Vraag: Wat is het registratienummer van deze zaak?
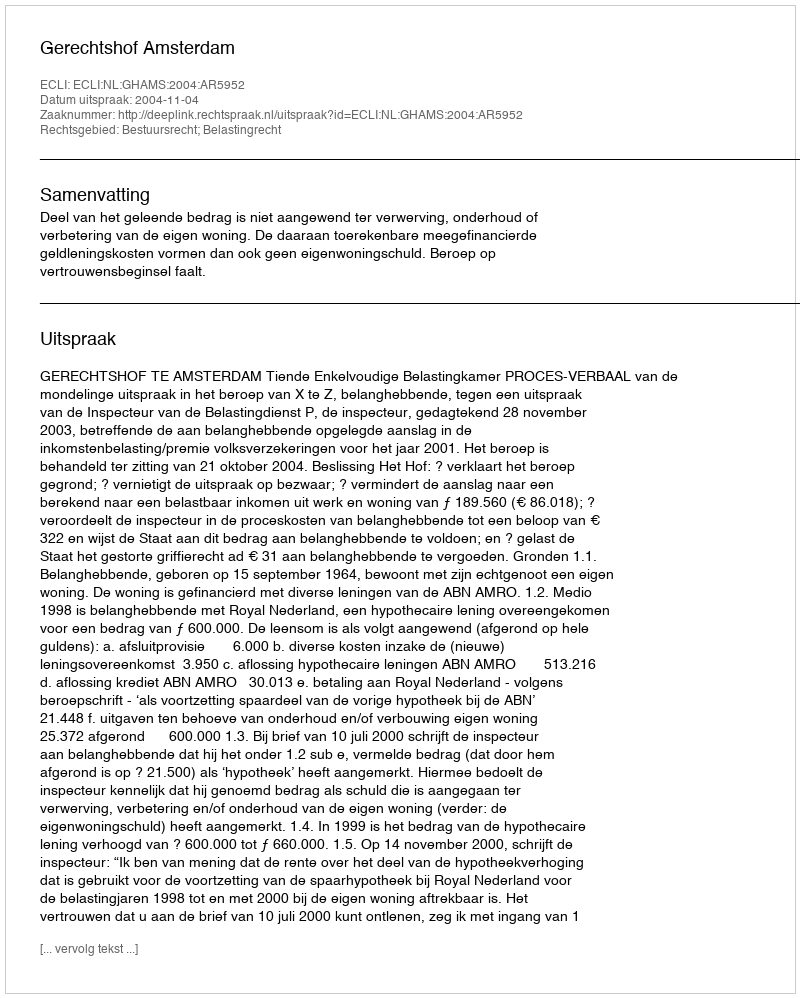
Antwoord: http://deeplink.rechtspraak.nl/uitspraak?id=ECLI:NL:GHAMS:2004:AR5952